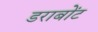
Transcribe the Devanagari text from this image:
डराबोंट